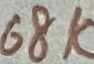
Text: 68K